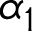
\alpha _ { 1 }